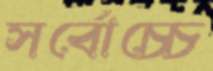
সর্বোচ্চে